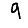
Digit: 9